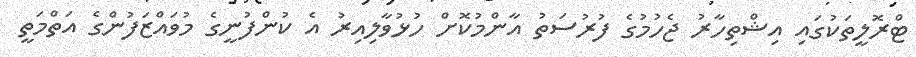
ޓްރޮލީތަކުގައި އިޝްތިހާރު ޖެހުމުގެ ފުރުސަތު އާންމުކޮށް ހުޅުވާލިއިރު އެ ކުންފުނީގެ މުވައްޒަފުންގެ އަތްމަތީ